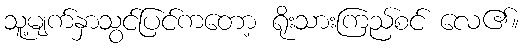
သူ့မျက်နှာသွင်ပြင်ကတော့ ရိုးသားကြည်စင် လေ၏။